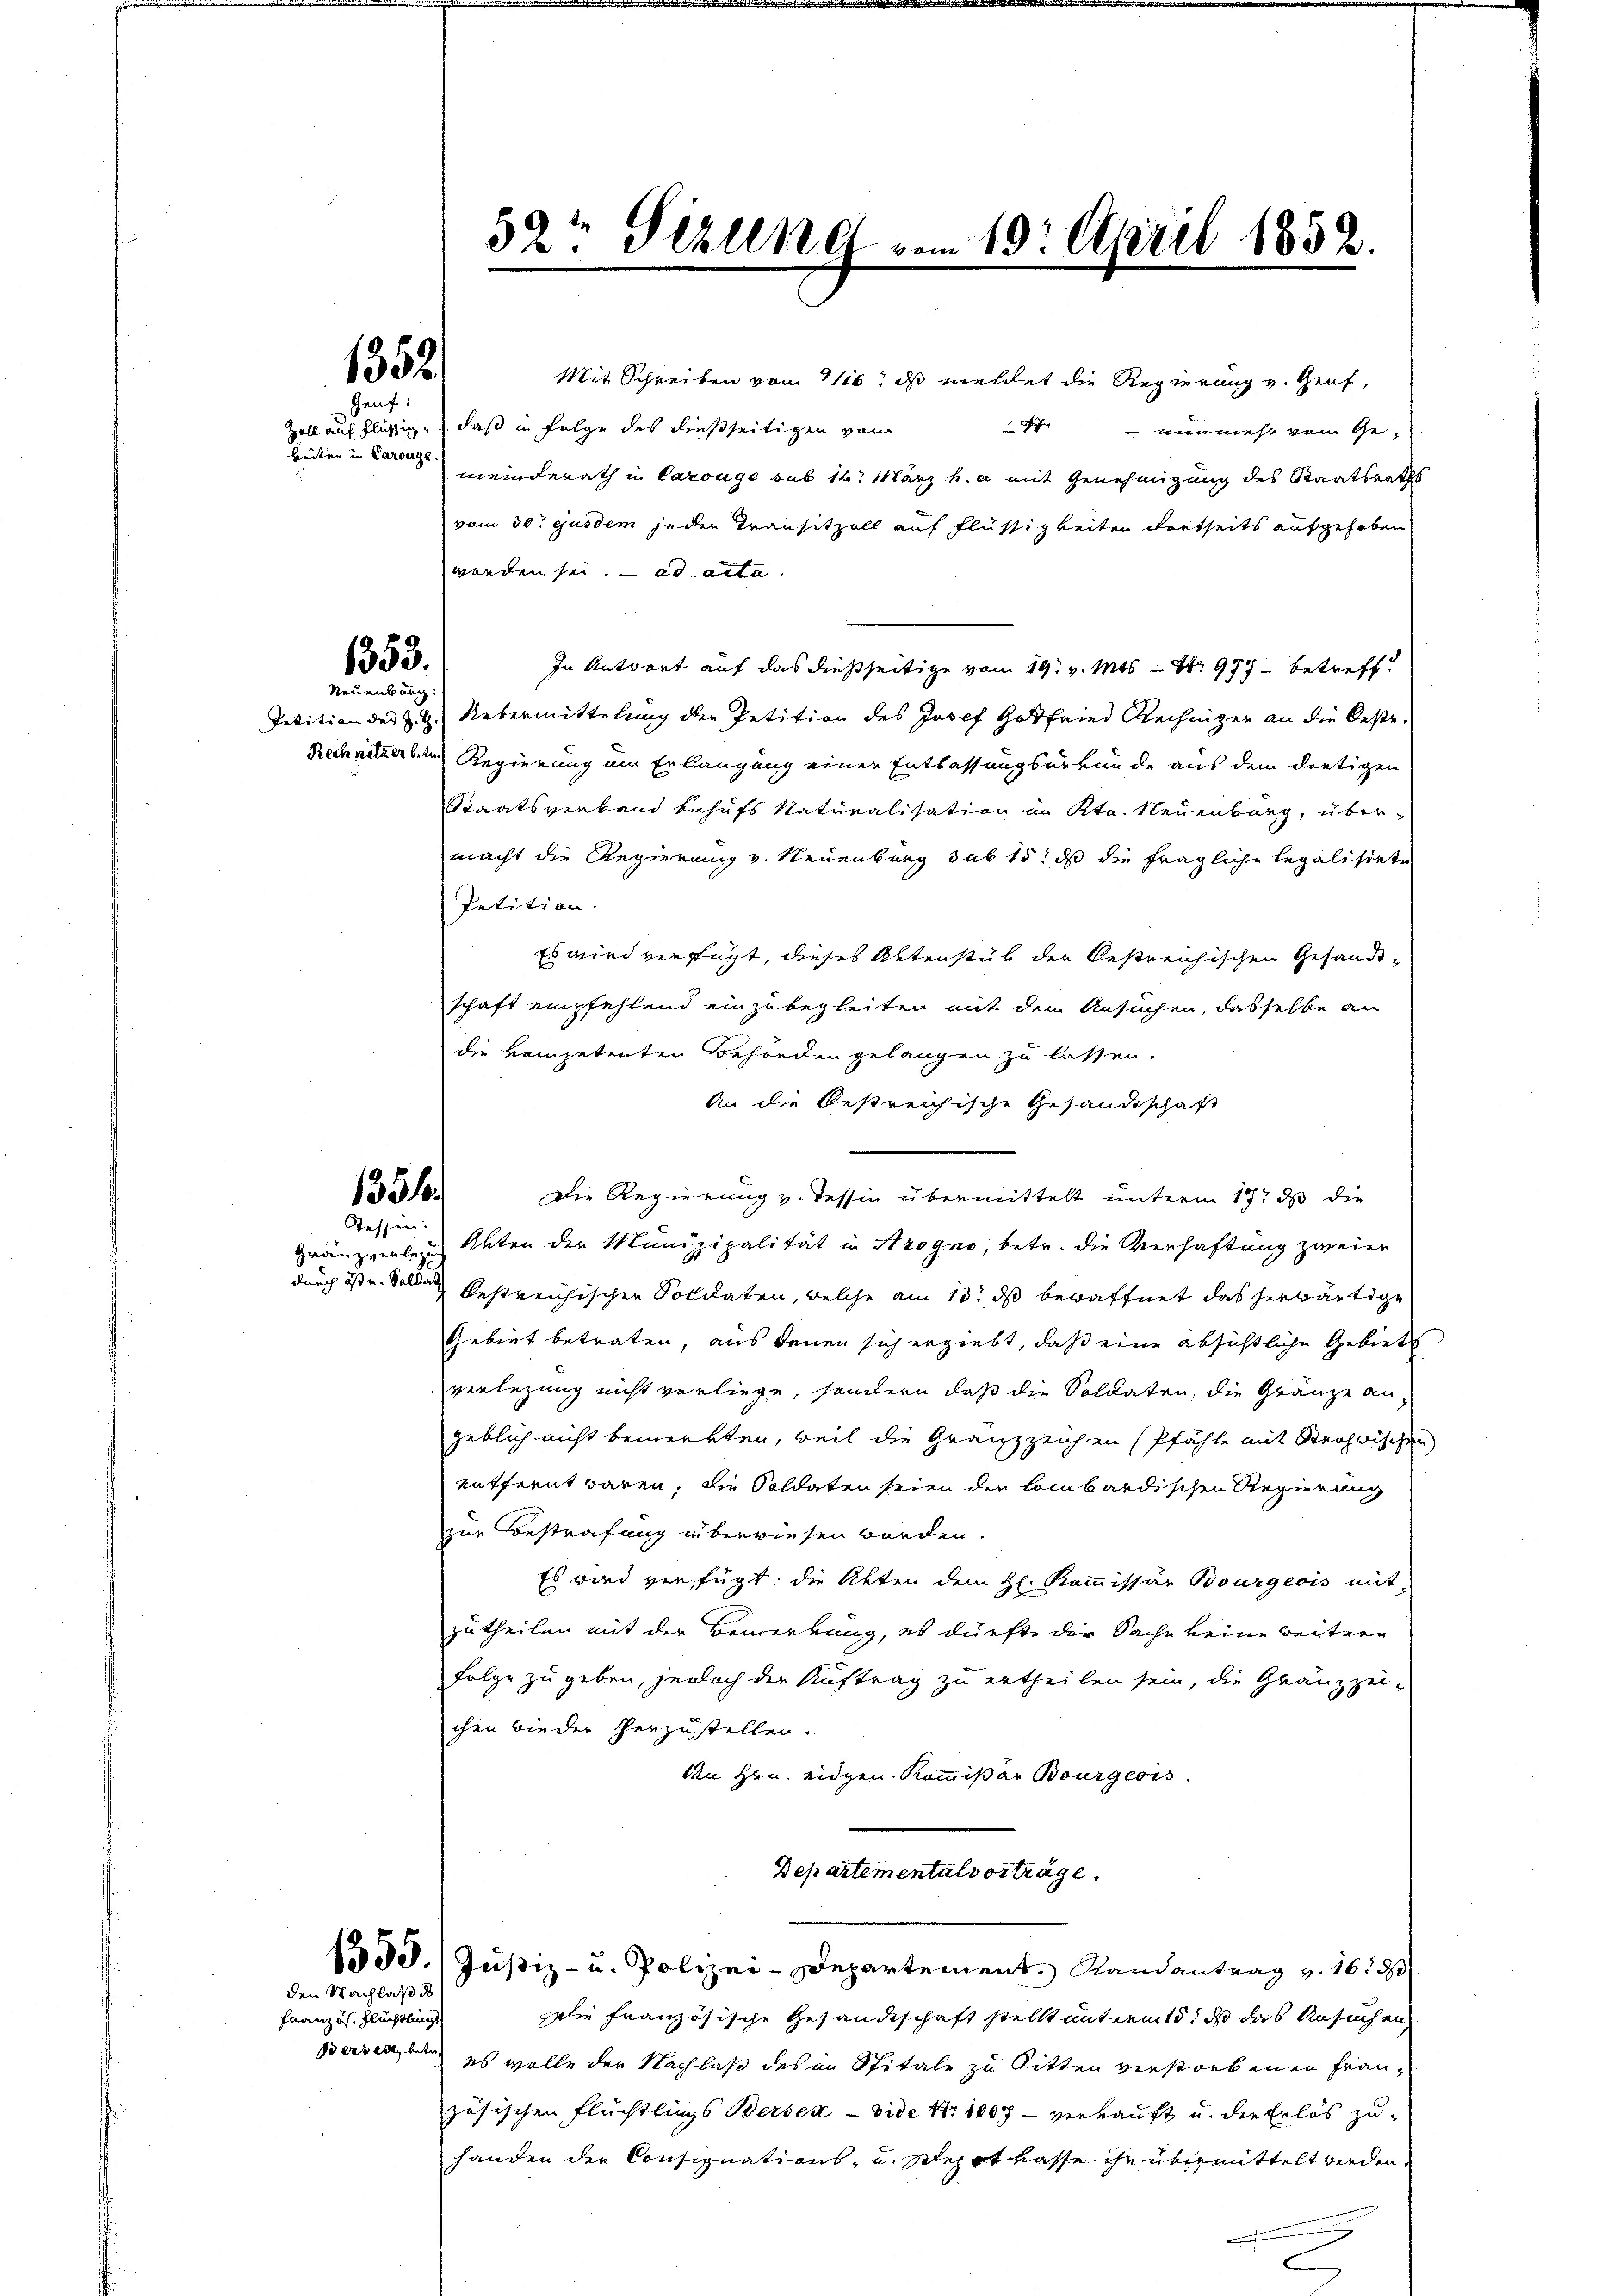
Geuf:
beiten in Carouge.

1352

1353.
Neuenburg

1351
Tessen:

den Nachlaß d

Französ. Flüchtlings

Mit Schreiben vom 1116. ds meldet die Regierung v. Genf,
 |
Zoll auf flüssig, daß in Folge des dießseitigen vom
 nunmehr vom Gemeinderath in Carouge sub 16. März h. a mit Genehmigung des Staatsraths
vom 30. Gusdem jeder Transitzoll auf Flüssigkeiten dortseits aufgehoben
worden sei. ad acta.
In Antwort auf das dießseitige vom 19. v. Mts. S. 977 betreff.
Petition des §. 9. Uebermittelung der Petition des Josef Gottfried Rechniger an die Oeste
Rechnitterben Regierung um Erbaugung einer Entlassungsurkunde aus dem dortigen
Staatsverkend behufs Naturalisation in Ktn. Neuenburg, übermacht die Regierung v. Neuenburg sub 15t ds die fragliche legalisirte
Petition.
Es wird verfügt, dieses Ottenstück der Oestreichischen Gesandt-
schaft empfehlend einzubegleiten mit dem Ansuchen, dasselbe an
die kompetenten Behörden gelangen zu lassen.
An die bestreichische Gesandtschaft
Die Regierung v. Tessin übermittelt unterm 17t ds die
gränzverlei Unten der Munizipalität in Arogno, betr. die Verhaftung zweier
durch ist u. Solde bestreichischen Soldaten, welche am 13t ds bewaffnet das herwärtige
Gebiet betraten, aus denen sich ergiebt, daß eine absichtliche Gebiet
verlegung nicht vorliege, sondern daß die Soldaten, die Gränze an
geblich nicht bemerkten, weil die Gränzzeichen (Pfähle mit Strohbischen
entfernt waren, die Soldaten seien der lombardischen Regierung
zur Bestrafung überwiesen worden.
Es wird verfügt: die Akten dem H. Kommissär Bourgeois mit
zutheilen mit der Bemerkung, es dürfte der Sache keine weitern
Folge zu geben, jenach der Auftrag zu ertheilen sein, die Gränzzei-
chen wieder herzustellen.
An Hrn. eidgen. Kommißär Bourgeois.
Departemental vorträge.
1530. Justiz- u. Polizei-Departement. Randantrag v. 16. d
Die Französische Gesandtschaft stellt untermit, daß das Ansuchen
Bassen, bei es wolle der Nachlaß des im Spitale zu bitten verstorbenen Frauzösischen Flüchtlings Bersen - vide Nr. 1007 - verkauft u. der Erlös zuhanden der Consignations- u. sehrt kasse ihn übermittelt werden,

52t Sizung vom 10. April 1832.